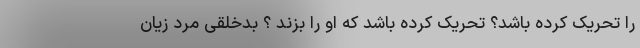
را تحریک کرده باشد؟ تحریک کرده باشد که او را بزند ؟ بدخلقی مرد زیان